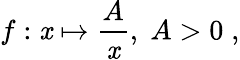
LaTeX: f:\mathit{x}\mapsto{\frac{{A}}{{\mathit{x}}}},\; A>0\; ,